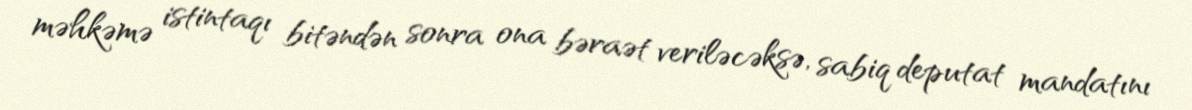
məhkəmə istintaqı bitəndən sonra ona bəraət veriləcəksə, sabiq deputat mandatını